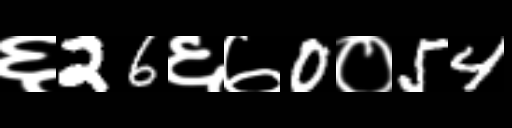
Text: ६26६७0०54